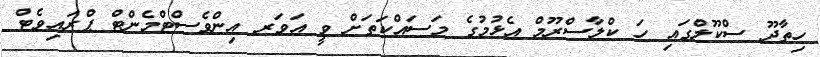
ހިތާދޫ ސްކޫލްގައި ހަ ކްލާސްރޫމް އެޅުމުގެ މަސައްކަތަށް ވީ އަވަރ އިންވެސްޓްމެންޓް ޕްރައިވެޓް